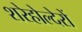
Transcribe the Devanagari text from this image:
शरेहोल्देरों